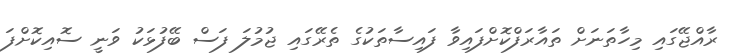
ރާއްޖޭގައި މިހާތަނަށް ތައާރަފްކޮށްފައިވާ ފައިސާތަކުގެ ތެރޭގައި ޖުމުލަ ފަސް ބޭފުޅަކު ވަނީ ސޮއިކޮށްފަ